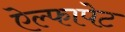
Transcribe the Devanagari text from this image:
ऐल्फापेट